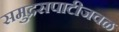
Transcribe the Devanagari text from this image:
समुद्रसपाटीजवळ